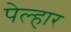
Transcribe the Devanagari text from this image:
पेल्हार